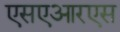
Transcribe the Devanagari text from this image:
एसएआरएस